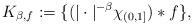
LaTeX: \begin{align*}K_{\beta,f} := \{(|\cdot|^{-\beta} \chi_{(0,1]}) \ast f\},\end{align*}